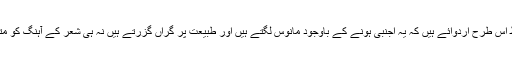
اس نے یہ الفاظ اس طرح اردوائے ہیں کہ یہ اجنبی ہونے کے باوجود مانوس لگتے ہیں اور طبیعت پر گراں گزرتے ہیں نہ ہی شعر کے آہنگ کو متاثر کرتے ہیں۔